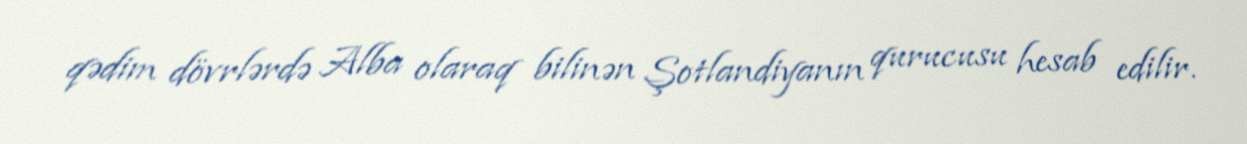
qədim dövrlərdə Alba olaraq bilinən Şotlandiyanın qurucusu hesab edilir.